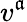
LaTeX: v^{\mathfrak{a}}